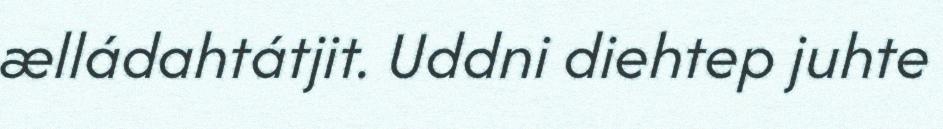
ælládahtátjit. Uddni diehtep juhte